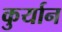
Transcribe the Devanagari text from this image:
कुर्यान